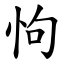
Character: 怐